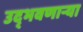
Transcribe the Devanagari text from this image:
उद्‌भवणाऱ्या